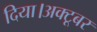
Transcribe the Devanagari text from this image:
दिया।अक्टूबर